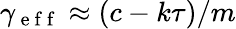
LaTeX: \gamma_{\mathrm{~e~f~f~}}\approx(c-k\tau)/m